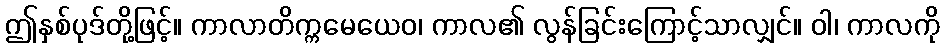
ဤနှစ်ပုဒ်တို့ဖြင့်။ ကာလာတိက္ကမေယေဝ၊ ကာလ၏ လွန်ခြင်းကြောင့်သာလျှင်။ ဝါ၊ ကာလကို